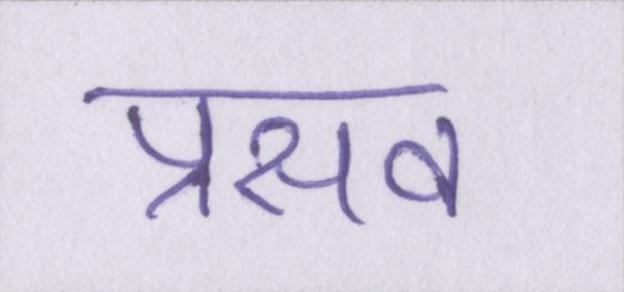
प्रसव